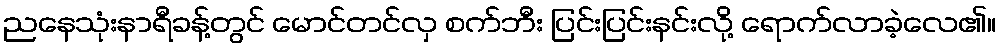
ညနေသုံးနာရီခန့်တွင် မောင်တင်လှ စက်ဘီး ပြင်းပြင်းနင်းလို့ ရောက်လာခဲ့လေ၏။